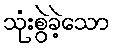
သုံးစွဲခဲ့သော